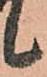
候